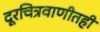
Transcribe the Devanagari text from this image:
दूरचित्रवाणीतही